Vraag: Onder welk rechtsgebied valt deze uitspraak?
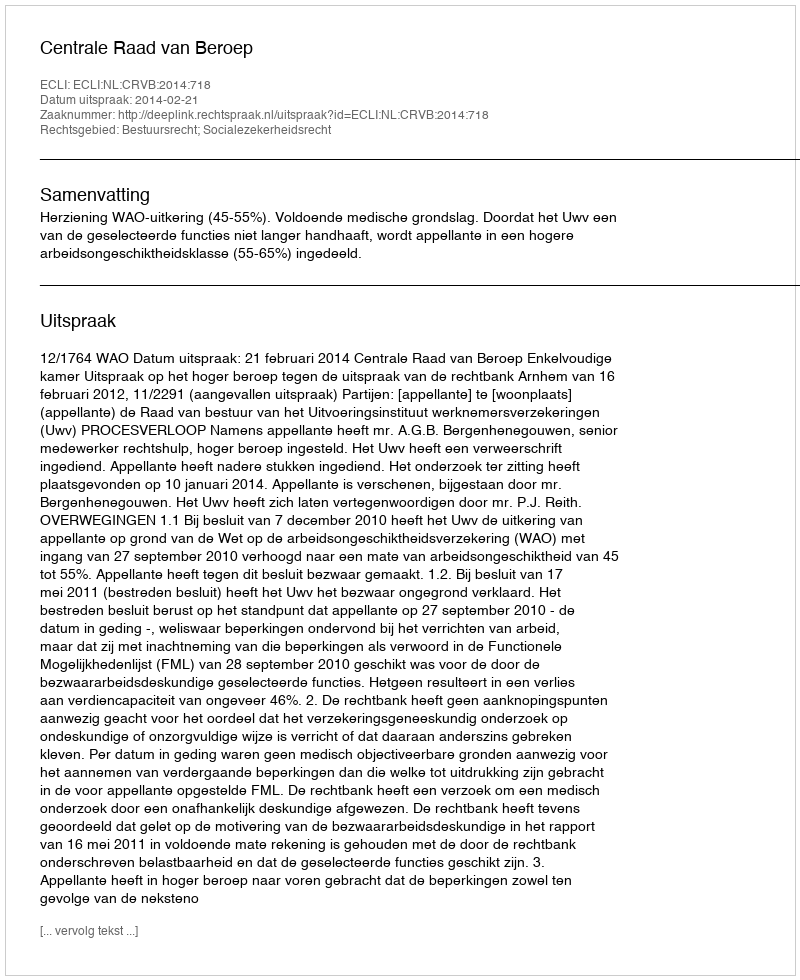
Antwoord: Bestuursrecht; Socialezekerheidsrecht